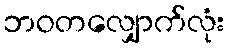
ဘဝတလျှောက်လုံး